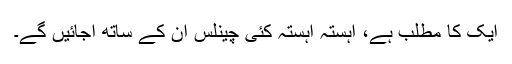
ایک کا مطلب ہے، آہستہ آہستہ کئی چینلس ان کے ساتھ آجائیں گے۔